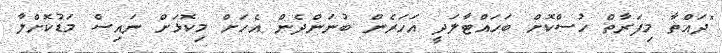
"ދައްތާ މިފަރާތް ހުސްކޮށް ބަހައްޓާލަދީ އަހަރެން ބުނަންދެން އެހަށް މިކޮޅަށް ނައިސް މަޑުކޮށްލާ